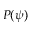
P ( \psi )